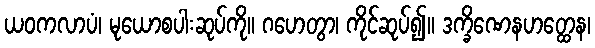
ယဝကလာပံ၊ မုယောစပါးဆုပ်ကို။ ဂဟေတွာ၊ ကိုင်ဆုပ်၍။ ဒက္ခိဏေနဟတ္ထေန၊